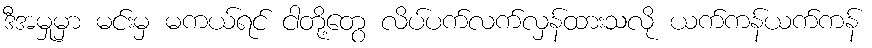
ဒီအမှုမှာ မင်းမှ မကယ်ရင် ငါတို့တွေ လိပ်ပက်လက်လှန်ထားသလို ယက်ကန်ယက်ကန်